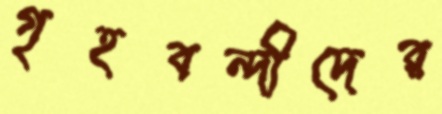
গৃহবন্দীদের